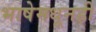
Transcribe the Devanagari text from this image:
भाषेमधूनही